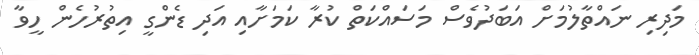
މަދިރި ނައްތާލުމަށް އަބަދުވެސް މަސައްކަތް ކުރާ ކަމަށާއި އަދި ޑެންގީ އިތުރުހެން ހީވާ